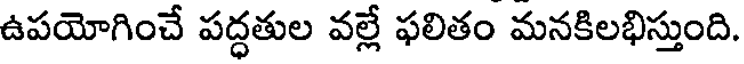
ఉపయోగించే పద్ధతుల వల్లే ఫలితం మనకిలభిస్తుంది.